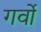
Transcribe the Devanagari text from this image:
गर्वो